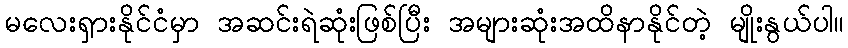
မလေးရှားနိုင်ငံမှာ အဆင်းရဲဆုံးဖြစ်ပြီး အများဆုံးအထိနာနိုင်တဲ့ မျိုးနွယ်ပါ။